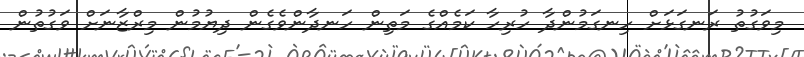
މިވަގުތު ރަނގަޅަށް ހިނގަމުންދާ ހުރިހާ ކަމެއްގެ މަތިން ހަނދާންވެގެން ދިޔުމުން މިރްޒާނަށް ވަގުތުން